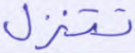
تتنزل